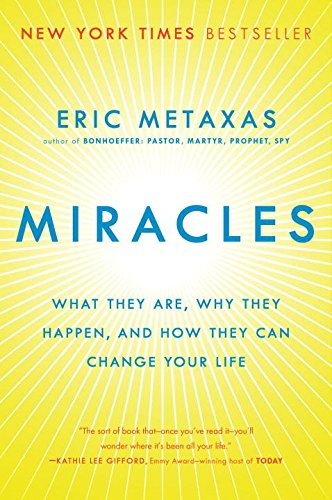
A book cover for Miracles: What They Are, Why They Happen, and How They Can Change Your Life; Eric Metaxas; Christian Books & Bibles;